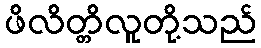
ဖိလိတ္တိလူတို့သည်